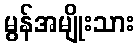
မွန်အမျိုးသား